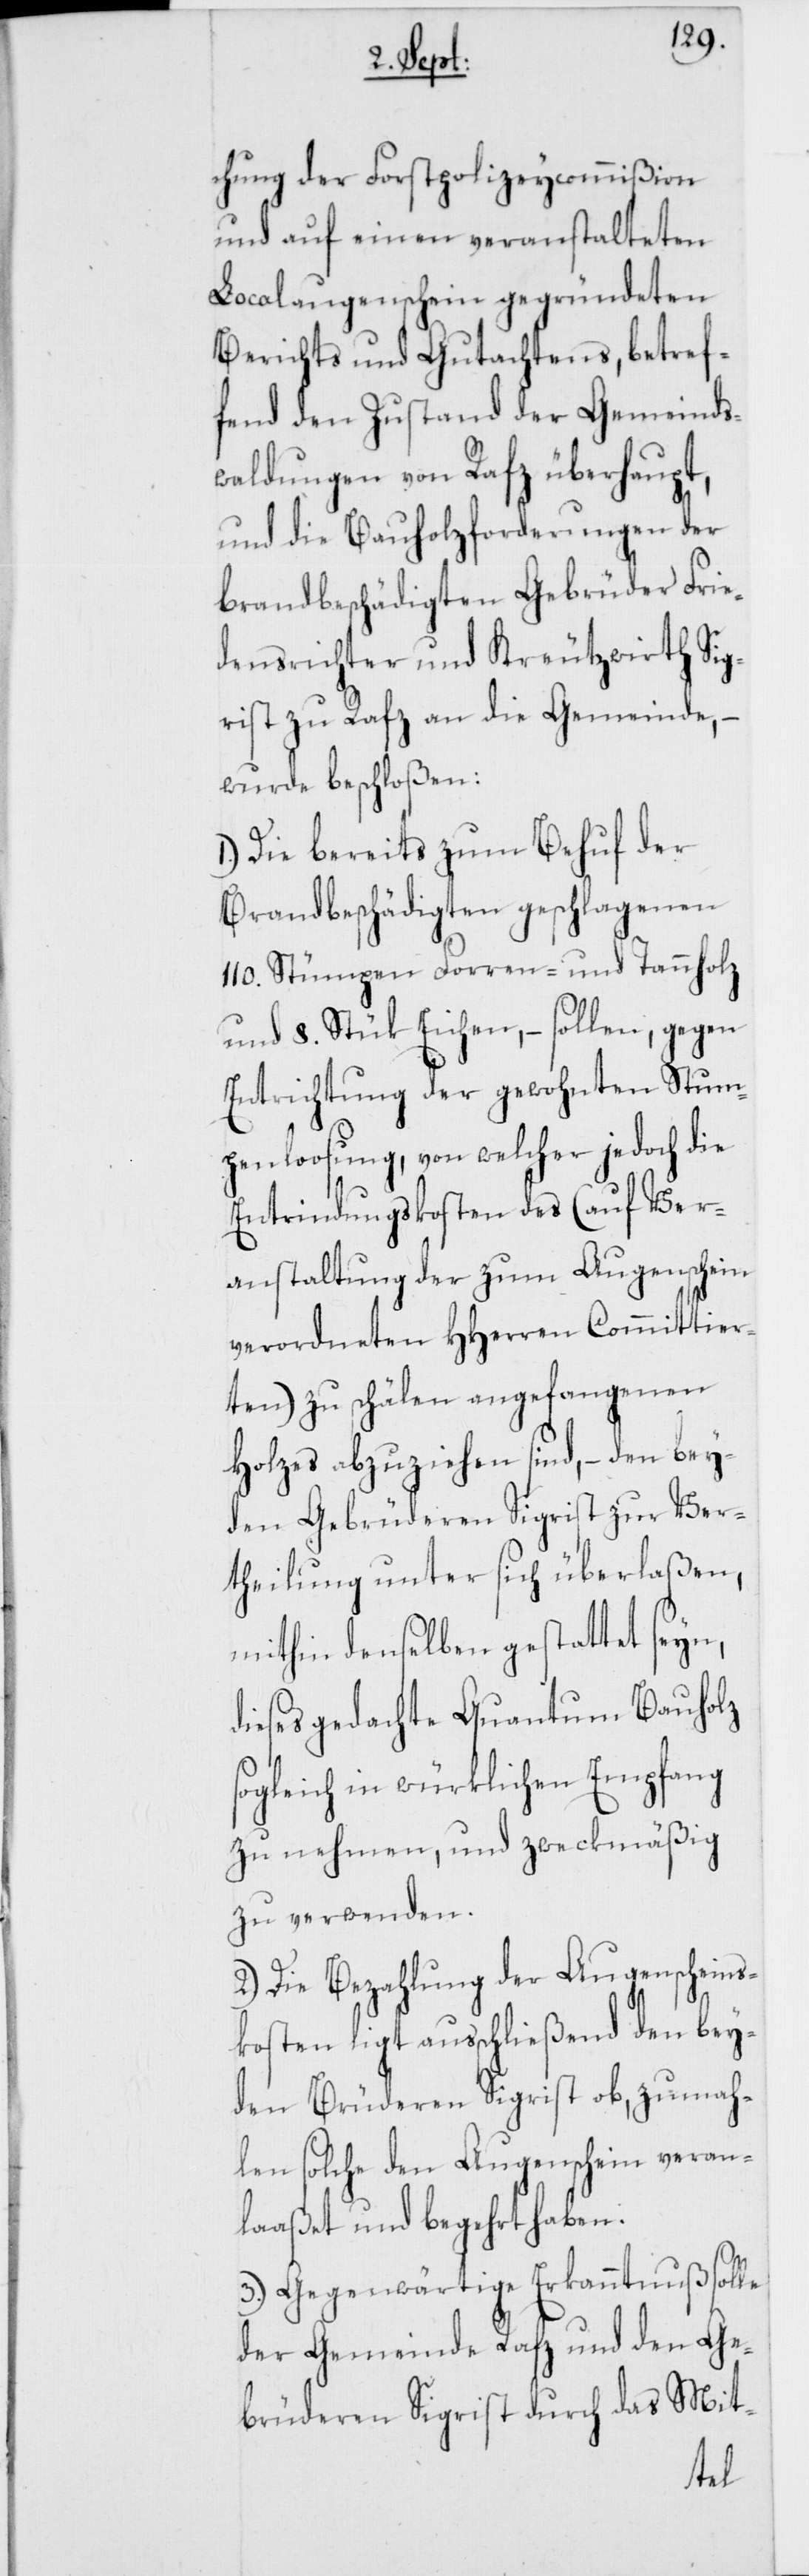
chung der Forstpolizeycommißion
und auf einen veranstalteten
Localaugenschein gegründeten
Berichts und Gutachtens, betref¬
fend den Zustand der Gemeind¬
waldungen von Rafz überhaupt,
und die Bauholzforderungen der
brandbeschädigten Gebrüder Frie¬
densrichter und Kreutzwirth Sig¬
rist zu Rafz an die Gemeinde,
wurde beschloßen:
1.) Die bereits zum Behuf der
Brandbeschädigten geschlagenen
110. Stümpen Forren- und Tannholz
und 8. Stük Eichen, – sollen, gegen
Entrichtung der gewohnten Stum¬
penloosung, von welcher jedoch die
Entrindungskosten des (auf Ver¬
anstaltung der zum Augenschein
verordneten HHerren Committier¬
ten) zu schälen angefangenen
Holzes abzuziehen sind, – den bey¬
den Gebrüderen Sigrist zur Ver¬
theilung unter sich überlaßen,
mithin denselben gestattet seyn,
dieses gedachte Quantum Bauholz
sogleich in würklichen Empfang
zu nehmen, und zweckmäßig
zu verwenden.
2.) Die Bezahlung der Augenscheins¬
kosten ligt ausschließend den bey¬
den Brüderen Sigrist ob, zumah¬
len solche den Augenschein veran¬
laaßet und begehrt haben.
3.) Gegenwärtige Erkanntnuß solle
der Gemeinde Rafz und den Ge¬
brüderen Sigrist durch das Mit-